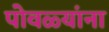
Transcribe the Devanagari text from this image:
पोवळ्यांना